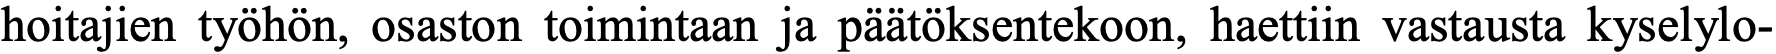
hoitajien työhön, osaston toimintaan ja päätöksentekoon, haettiin vastausta kyselylo-